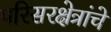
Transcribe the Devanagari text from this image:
परिसरक्षेत्रांचे